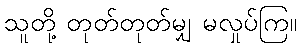
သူတို့ တုတ်တုတ်မျှ မလှုပ်ကြ။